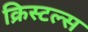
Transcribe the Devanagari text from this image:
क्रिस्टल्स